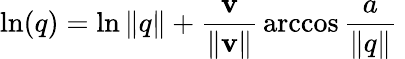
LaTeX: \ln(q)=\ln\| q\| +{\frac{\mathbf{v}}{\| \mathbf{v}\| }}\operatorname{arccos}{\frac{a}{\| q\| }}~